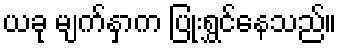
ယခု မျက်နှာက ပြုံးရွှင်နေသည်။